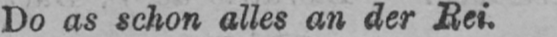
Do as schon alles an der Rei.